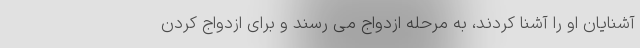
آشنایان او را آشنا کردند، به مرحله ازدواج می رسند و برای ازدواج کردن